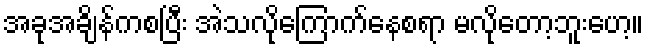
အခုအချိန်ကစပြီး အဲသလိုကြောက်နေစရာ မလိုတော့ဘူးဟေ့။